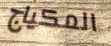
المكياج